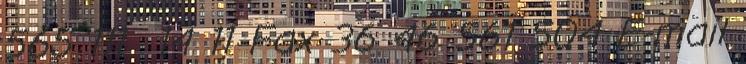
565 111 14 11 Fax 36 46 561 504 E-mail